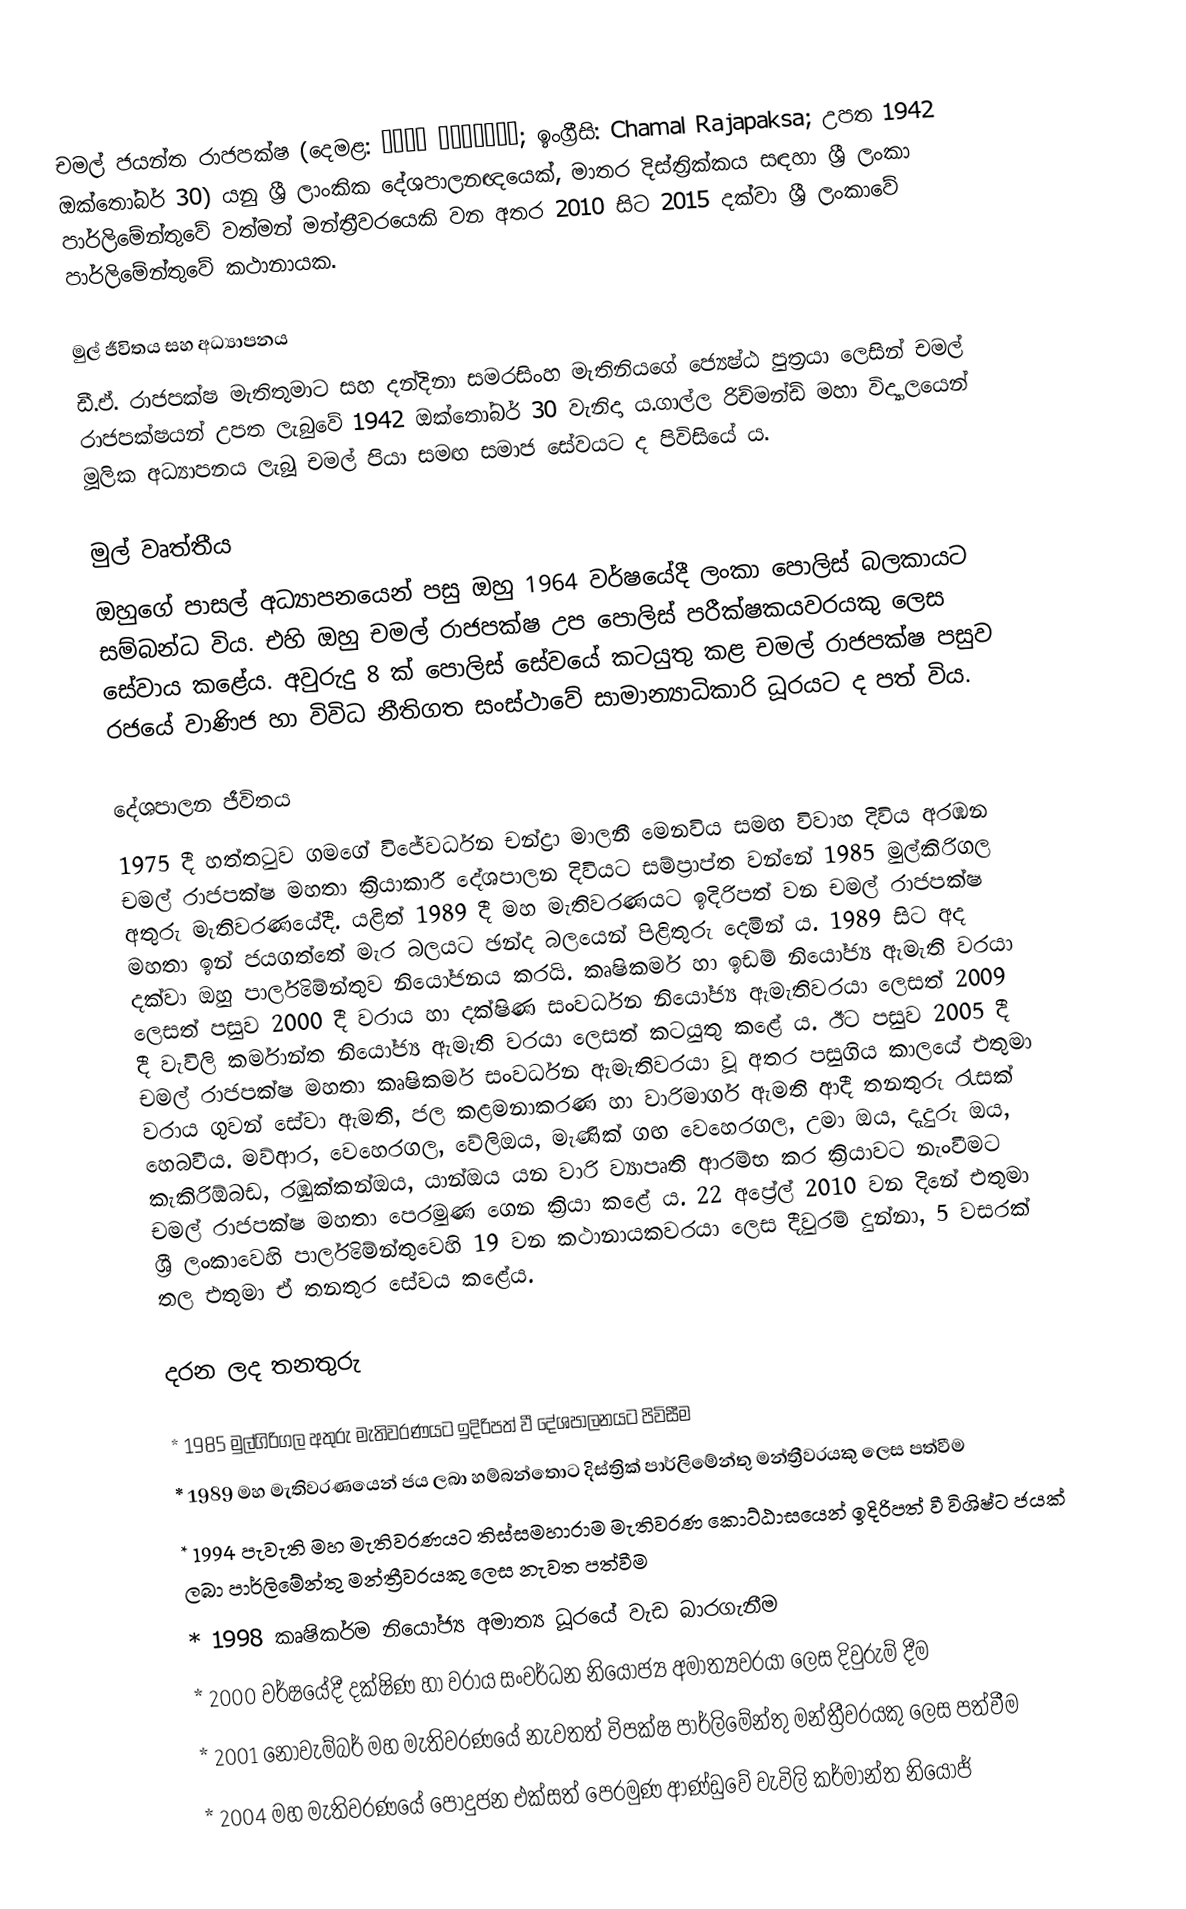
චමල් ජයන්ත රාජපක්ෂ (දෙමළ: சமல் ராஜபக்ஷ; ඉංග්‍රීසි: Chamal Rajapaksa; උපත 1942 ඔක්තෝබර් 30) යනු ශ්‍රී ලාංකික දේශපාලනඥයෙක්, මාතර දිස්ත්‍රික්කය සඳහා ශ්‍රී ලංකා පාර්ලිමේන්තුවේ වත්මන් මන්ත්‍රීවරයෙකි වන අතර 2010 සිට 2015 දක්වා ශ්‍රී ලංකාවේ පාර්ලිමේන්තුවේ කථානායක.

මුල් ජීවිතය සහ අධ්‍යාපනය
ඩී.ඒ. රාජපක්ෂ මැතිතුමාට සහ දන්දිනා සමරසිංහ මැතිනියගේ ජ්‍යෙෂ්ඨ පුත්‍රයා ලෙසින් චමල් රාජපක්ෂයන් උපත ලැබුවේ 1942 ඔක්තෝබර් 30 වැනිදා ය.ගාල්ල රිච්මන්ඩ් මහා විද්‍යාලයෙන් මූලික අධ්‍යාපනය ලැබූ චමල් පියා සමඟ සමාජ සේවයට ද පිවිසියේ ය.

මුල් වෘත්තීය
ඔහුගේ පාසල් අධ්‍යාපනයෙන් පසු ඔහු 1964 වර්ෂයේදී ලංකා පොලිස් බලකායට සම්බන්ධ විය. එහි ඔහු චමල් රාජපක්ෂ උප පොලිස් පරීක්ෂකයවරයකු ලෙස සේවාය කළේය. අවුරුදු 8 ක් පොලිස් සේවයේ කටයුතු කළ චමල් රාජපක්ෂ පසුව රජයේ වාණිජ හා විවිධ නීතිගත සංස්ථාවේ සාමාන්‍යාධිකාරි ධූරයට ද පත් විය.

දේශපාලන ජීවිතය
1975 දී හත්තටුව ගමගේ විජේවර්ධන චන්ද්‍රා මාලනී මෙනවිය සමඟ විවාහ දිවිය අරඹන චමල් රාජපක්ෂ මහතා ක්‍රියාකාරී දේශපාලන දිවියට සම්ප්‍රාප්ත වන්නේ 1985 මුල්කිරිගල අතුරු මැතිවරණයේදී. යළිත් 1989 දී මහ මැතිවරණයට ඉදිරිපත් වන චමල් රාජපක්ෂ මහතා ඉන් ජයගත්තේ මැර බලයට ඡන්ද බලයෙන් පිළිතුරු දෙමින් ය. 1989 සිට අද දක්වා ඔහු පාර්ලිමේන්තුව නියෝජනය කරයි. කෘෂිකර්ම හා ඉඩම් නියෝජ්‍ය ඇමැති වරයා ලෙසත් පසුව 2000 දී වරාය හා දක්ෂිණ සංවර්ධන නියෝජ්‍ය ඇමැතිවරයා ලෙසත් 2009 දී වැවිලි කර්මාන්ත නියෝජ්‍ය ඇමැති වරයා ලෙසත් කටයුතු කළේ ය. ඊට පසුව 2005 දී චමල් රාජපක්ෂ මහතා කෘෂිකර්ම සංවර්ධන ඇමැතිවරයා වූ අතර පසුගිය කාලයේ එතුමා වරාය ගුවන් සේවා ඇමති, ජල කළමනාකරණ හා වාරිමාර්ග ඇමති ආදී තනතුරු රැසක් හෙබවීය. මව්ආර, වෙහෙරගල, වේලිඔය, මැණික් ගඟ වෙහෙරගල, උමා ඔය, දැදුරු ඔය, කැකිරිඕබඩ, රඹුක්කන්ඔය, යාන්ඔය යන වාරි ව්‍යාපෘති ආරම්භ කර ක්‍රියාවට නැංවීමට චමල් රාජපක්ෂ මහතා පෙරමුණ ගෙන ක්‍රියා කළේ ය. 22 අප්‍රේල් 2010 වන දිනේ එතුමා ශ්‍රී ලංකාවෙහි පාර්ලිමේන්තුවෙහි 19 වන කථානායකවරයා ලෙස දීවුරම් දුන්නා, 5 වසරක් තල එතුමා ඒ තනතුර සේවය කළේය.

දරන ලද තනතුරු

    *  1985 මුල්ගිරිගල අතුරු මැතිවරණයට ඉදිරිපත් වී දේශපාලනයට පිවිසීම
    *  1989 මහ මැතිවරණයෙන් ජය ලබා හම්බන්තොට දිස්ත්‍රික් පාර්ලිමේන්තු මන්ත්‍රීවරයකු ලෙස පත්වීම
    *  1994 පැවැති මහ මැතිවරණයට තිස්සමහාරාම මැතිවරණ කොට්ඨාසයෙන් ඉදිරිපත් වී විශිෂ්ට ජයක් ලබා පාර්ලිමේන්තු මන්ත්‍රීවරයකු ලෙස නැවත පත්වීම
    *  1998 කෘෂිකර්ම නියෝජ්‍ය අමාත්‍ය ධූරයේ වැඩ බාරගැනීම
    *  2000 වර්ෂයේදී දක්ෂිණ හා වරාය සංවර්ධන නියෝජ්‍ය අමාත්‍යවරයා ලෙස දිවුරුම් දීම
    *  2001 නොවැම්බර් මහ මැතිවරණයේ නැවතත් විපක්ෂ පාර්ලිමේන්තු මන්ත්‍රීවරයකු ලෙස පත්වීම
    *  2004 මහ මැතිවරණයේ පොදුජන එක්සත් පෙරමුණ ආණ්ඩුවේ වැවිලි කර්මාන්ත නියෝජ්‍